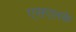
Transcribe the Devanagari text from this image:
एसएलके